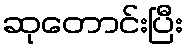
ဆုတောင်းပြီး